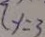
( y = 3